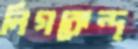
লিগকেন্দ্